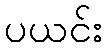
ပယင်း